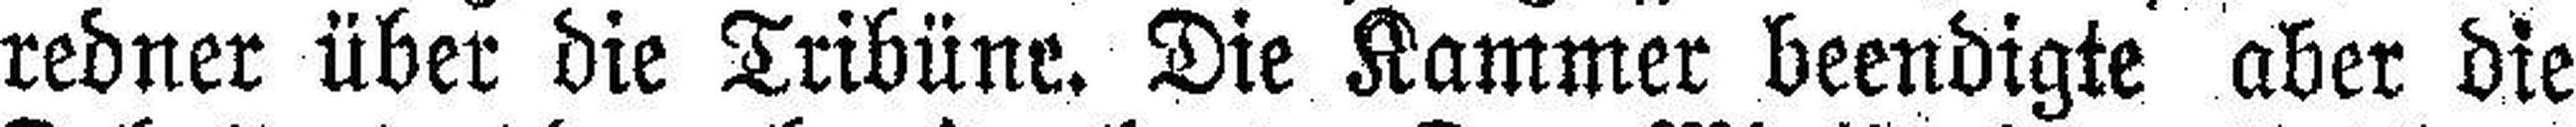
redner über die Tribüne. Die Kammer beendigte aber die